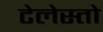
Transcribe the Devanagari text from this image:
टेलेस्तो